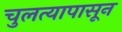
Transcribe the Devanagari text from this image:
चुलत्यापासून